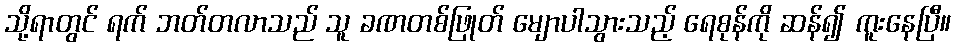
သို့ရာတွင် ရက် ဘတ်တလာသည် သူ ခဏတစ်ဖြုတ် မျောပါသွားသည့် ရေစုန်ကို ဆန်၍ ကူးနေပြီ။